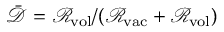
\bar { \mathcal { D } } = \mathcal { R } _ { \mathrm { v o l } } / ( \mathcal { R } _ { \mathrm { v a c } } + \mathcal { R } _ { \mathrm { v o l } } )